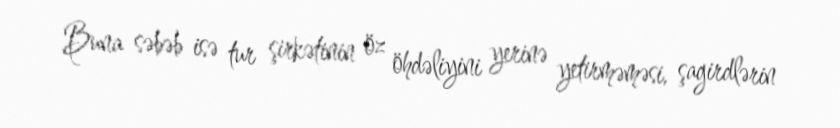
Buna səbəb isə tur şirkətinin öz öhdəliyini yerinə yetirməməsi, şagirdlərin